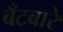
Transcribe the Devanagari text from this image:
बँटबारे